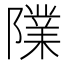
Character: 䧨